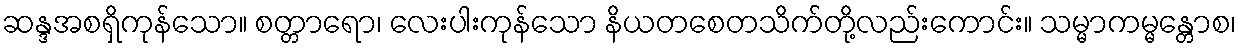
ဆန္ဒအစရှိကုန်သော။ စတ္တာရော၊ လေးပါးကုန်သော နိယတစေတသိက်တို့လည်းကောင်း။ သမ္မာကမ္မန္တောစ၊